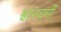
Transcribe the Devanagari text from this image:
श्वानचर्मी